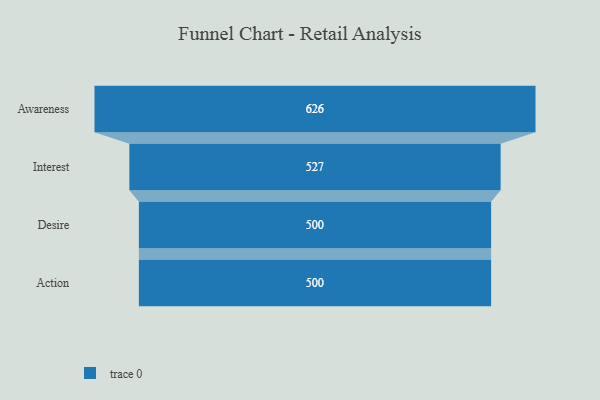
{"axis": {"x": "Stage", "y": "Value"}, "legend": [""], "data": [{"x": "Awareness", "y": 626.0, "type": ""}, {"x": "Interest", "y": 527.0, "type": ""}, {"x": "Desire", "y": 500, "type": ""}, {"x": "Action", "y": 500, "type": ""}]}